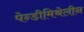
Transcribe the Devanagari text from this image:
पेन्डीमिथेलीन